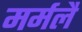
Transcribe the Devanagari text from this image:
मर्मलै